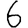
Digit: 6